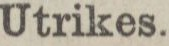
Utrikes.